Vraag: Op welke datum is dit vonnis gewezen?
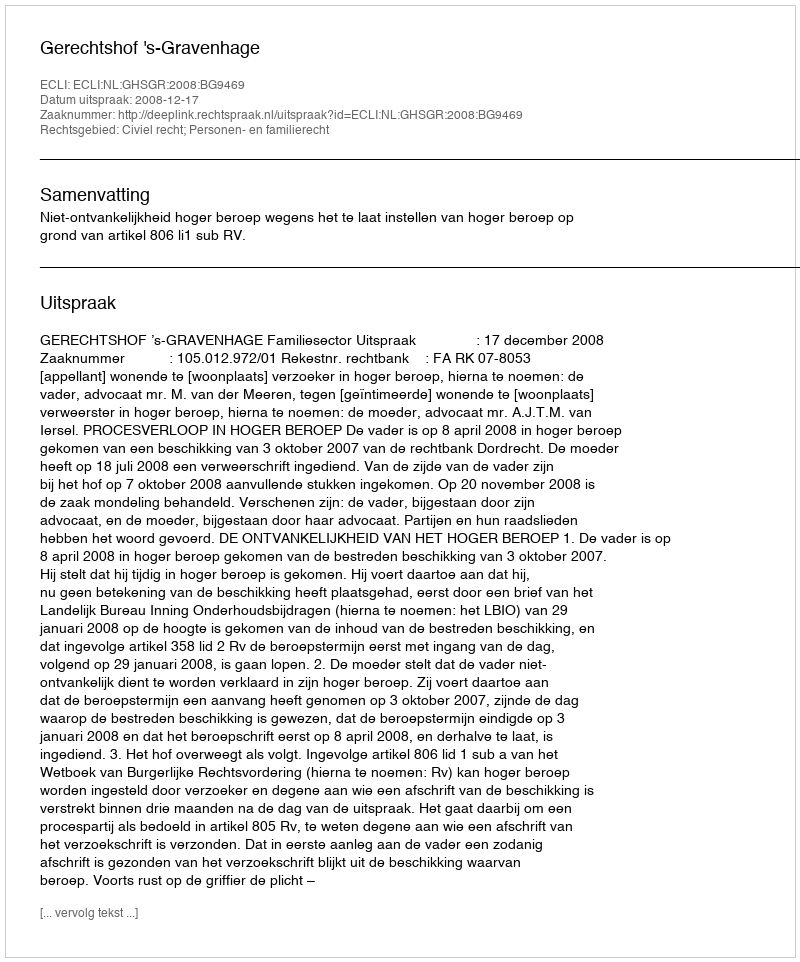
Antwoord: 2008-12-17